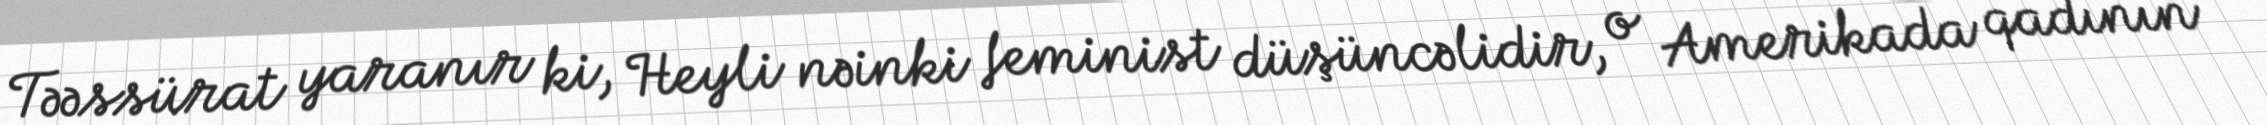
Təəssürat yaranır ki, Heyli nəinki feminist düşüncəlidir, o Amerikada qadının